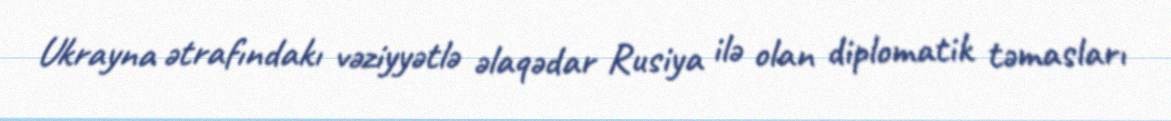
Ukrayna ətrafındakı vəziyyətlə əlaqədar Rusiya ilə olan diplomatik təmasları